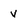
Character: V